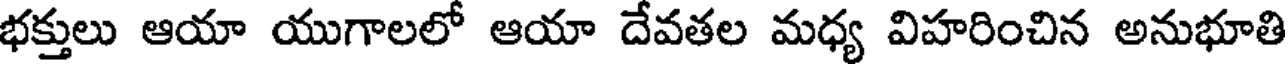
భక్తులు ఆయా యుగాలలో ఆయా దేవతల మధ్య విహరించిన అనుభూతి